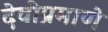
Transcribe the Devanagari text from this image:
देवीप्रमाणे